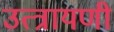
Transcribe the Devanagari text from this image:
उत्त्रायणी